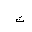
Letter: _ta